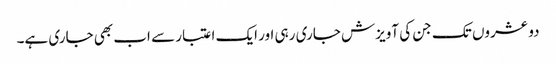
دو عشروں تک جن کی آویزش جاری رہی اور ایک اعتبار سے اب بھی جاری ہے۔